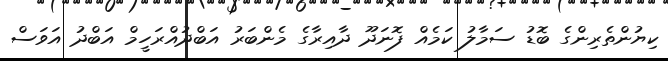
ކިޔުންތެރިންގެ ބޮޑު ސަމާލު ކަމެއް ފޮނަދޫ ދާއިރާގެ މެންބަރު އަބްދުއްރަހީމް އަބްދު އަވަސް